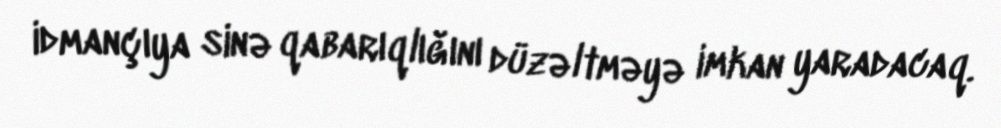
idmançıya sinə qabarıqlığını düzəltməyə imkan yaradacaq.